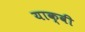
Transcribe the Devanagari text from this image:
याक्वी